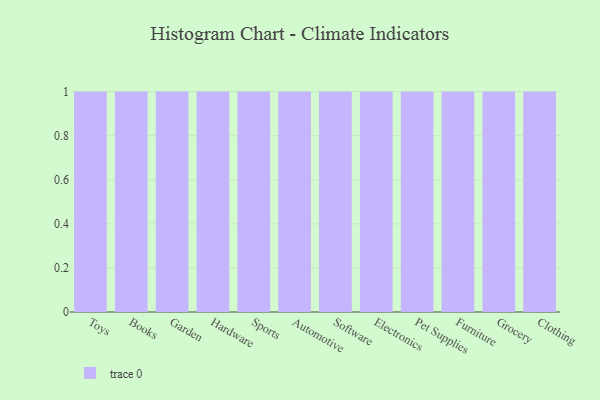
{"axis": {"x": "Category", "y": "Backlog"}, "legend": [""], "data": [{"x": "Toys", "y": 4, "type": ""}, {"x": "Books", "y": 19, "type": ""}, {"x": "Garden", "y": 94, "type": ""}, {"x": "Hardware", "y": 62, "type": ""}, {"x": "Sports", "y": 49, "type": ""}, {"x": "Automotive", "y": 81, "type": ""}, {"x": "Software", "y": 72, "type": ""}, {"x": "Electronics", "y": 92, "type": ""}, {"x": "Pet Supplies", "y": 99, "type": ""}, {"x": "Furniture", "y": 64, "type": ""}, {"x": "Grocery", "y": 97, "type": ""}, {"x": "Clothing", "y": 12, "type": ""}]}